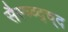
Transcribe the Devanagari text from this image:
सैस्च्व्द्च्द